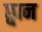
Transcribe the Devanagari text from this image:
छ्वान